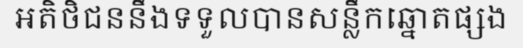
អតិថិជននឹងទទួលបានសន្លឹកឆ្នោតផ្សង